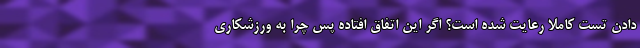
دادن تست کاملا رعایت شده است؟ اگر این اتفاق افتاده پس چرا به ورزشکاری